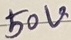
Text: 50V